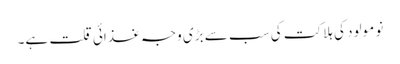
نو مولود کی ہلاکت کی سب سے بڑی وجہ غذائی قلت ہے۔